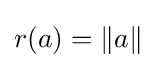
r(a)=\left\|a\right\|